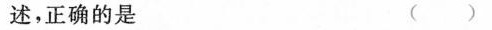
述，正确的是（）